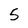
Character: 5